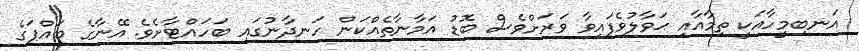
އަނބިމީހާއަކީ ތިމާއާއި ޙަވާލުވެފައިވާ ވަރަށްވެސް ބޮޑު އަމާނާތެއްކަން ހަނދާނުގައި ބަހައްޓާށެވެ. އޭނާގެ ބައްޕަގެ